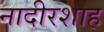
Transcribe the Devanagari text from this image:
नादीरशाह